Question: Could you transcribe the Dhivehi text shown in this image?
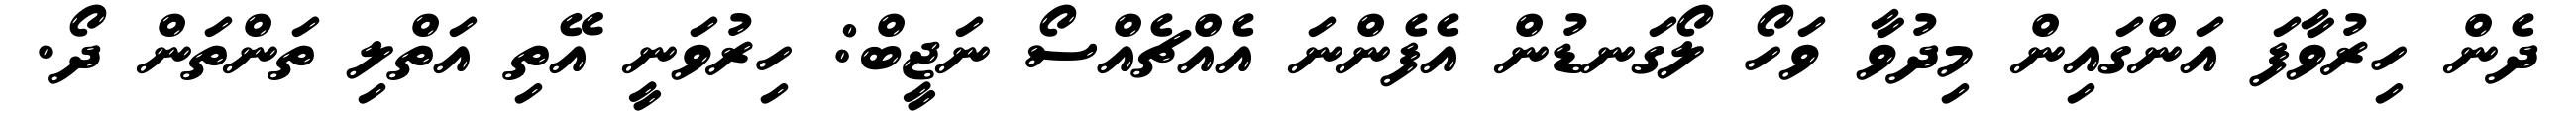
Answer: ދެން ހިރުވާފަ އަންގައިން މިދުވާ ވަހޯ ލޯގަނޑުން އެފެންނަ އެއްޗެއްސޯ ނަޖީބް: ހިރުވަނީ އޭތި އަތްލި ތަންތަން ދޯ.